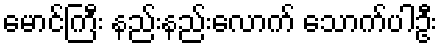
မောင်ကြီး နည်းနည်းလောက် သောက်ပါဦး